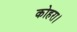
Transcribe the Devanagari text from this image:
कोहरा।